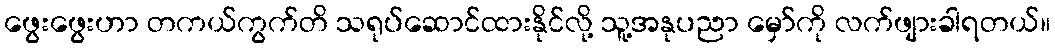
ဖွေးဖွေးဟာ တကယ်ကွက်တိ သရုပ်ဆောင်ထားနိုင်လို့ သူ့အနုပညာ မှော်ကို လက်ဖျားခါရတယ်။